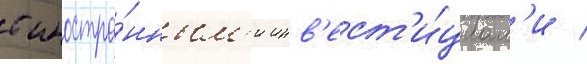
с иностра́нным'и инв'ест'и́циам'и /